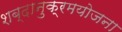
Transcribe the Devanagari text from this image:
शब्दानुक्रमयोजना